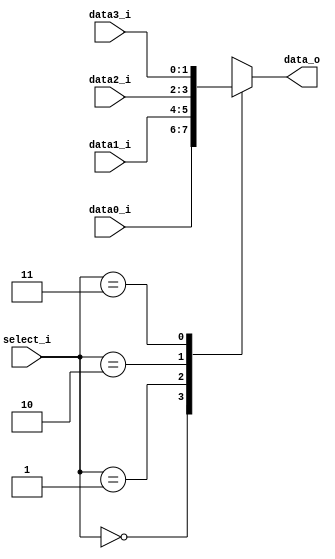

module MUX_4to1(
	data0_i,
	data1_i,
	data2_i,
	data3_i,
	select_i,
	data_o
);

parameter size=0;

input [size-1:0] data0_i;
input [size-1:0] data1_i;
input [size-1:0] data2_i;
input [size-1:0] data3_i;
input [2-1:0] select_i;

output [size-1:0] data_o;

reg [size-1:0] data_o;

always@(*)begin
	case(select_i)
		2'b00:begin
		 data_o=data0_i;
		end
		
		2'b01:begin
		 data_o=data1_i;
		end

		2'b10:begin
		 data_o=data2_i;
		end

		2'b11:begin
		 data_o=data3_i;
		end
	
		default: ;
	endcase
end

endmodule